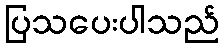
ပြသပေးပါသည်